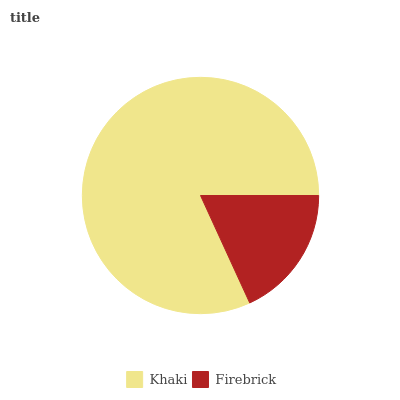
| Khaki | Firebrick |
 | --- | --- |
 | 81.8% | 18.2% |